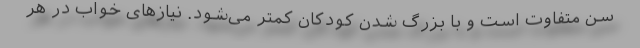
سن متفاوت است و با بزرگ شدن کودکان کمتر می‌شود. نیازهای خواب در هر